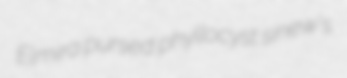
Elmira pursed phyllocyst sinew's